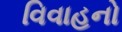
વિવાહનો